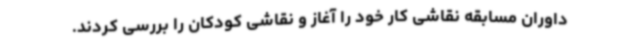
داوران مسابقه نقاشی کار خود را آغاز و نقاشی کودکان را بررسی کردند.